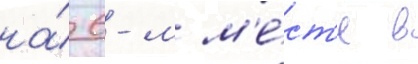
на́ 6-м м'е́ст'е в